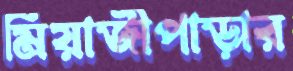
মিয়াজীপাড়ার